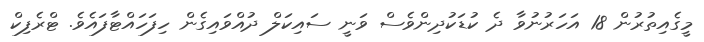
މީގެއިތުރުން 18 އަހަރުނުވާ ދެ ކުޑަކުދިންވެސް ވަނީ ސައިކަލް ދުއްވައިގެން ހިފަހައްޓާފައެވެ. ޓްރެފިކް